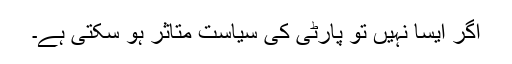
اگر ایسا نہیں تو پارٹی کی سیاست متاثر ہو سکتی ہے۔